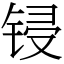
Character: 锓